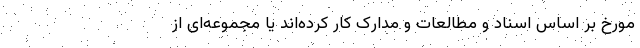
مورخ بر اساس اسناد و مطالعات و مدارک کار کرده‌اند یا مجموعه‌ای از